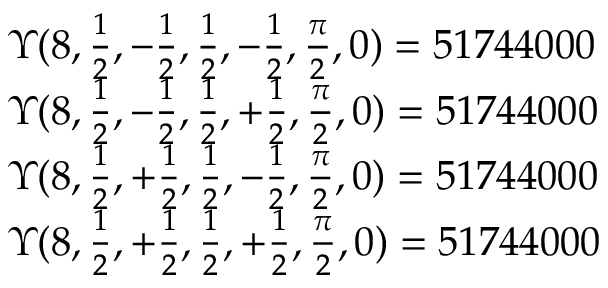
\begin{array} { l l } { \Upsilon ( 8 , \frac { 1 } { 2 } , - \frac { 1 } { 2 } , \frac { 1 } { 2 } , - \frac { 1 } { 2 } , \frac { \pi } { 2 } , 0 ) = 5 1 7 4 4 0 0 0 } \\ { \Upsilon ( 8 , \frac { 1 } { 2 } , - \frac { 1 } { 2 } , \frac { 1 } { 2 } , + \frac { 1 } { 2 } , \frac { \pi } { 2 } , 0 ) = 5 1 7 4 4 0 0 0 } \\ { \Upsilon ( 8 , \frac { 1 } { 2 } , + \frac { 1 } { 2 } , \frac { 1 } { 2 } , - \frac { 1 } { 2 } , \frac { \pi } { 2 } , 0 ) = 5 1 7 4 4 0 0 0 } \\ { \Upsilon ( 8 , \frac { 1 } { 2 } , + \frac { 1 } { 2 } , \frac { 1 } { 2 } , + \frac { 1 } { 2 } , \frac { \pi } { 2 } , 0 ) = 5 1 7 4 4 0 0 0 } \end{array}